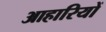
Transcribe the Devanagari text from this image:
आहारियों